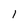
Character: 1